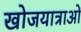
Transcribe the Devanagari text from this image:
खोजयात्राओं